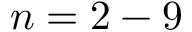
n = 2 - 9